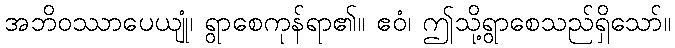
အဘိဝဿာပေယျုံ၊ ရွာစေကုန်ရာ၏။ ဧဝံ၊ ဤသို့ရွာစေသည်ရှိသော်။